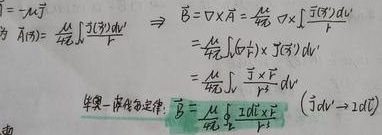
\[
\begin{align*}
&=-\mu_{0}\vec{J}\\
\vec{B}(\vec{r})&=\frac{\mu_{0}}{4\pi}\int\frac{[\vec{J}(\vec{r}')]dV'}{r}\\
&\Rightarrow \vec{B} = \nabla\times\vec{A} = \frac{\mu_{0}}{4\pi}\nabla\times\int\frac{[\vec{J}(\vec{r}')]dV'}{r}\\
&=\frac{\mu_{0}}{4\pi}\int[\nabla\times \frac{\vec{J}(\vec{r}')}{r}]dV'\\
&=\frac{\mu_{0}}{4\pi}\int \frac{\vec{J}\times\vec{r}}{r^{3}} dV'
\end{align*}
\]

毕奥 - 萨伐尔定律：\(\vec{B} = \frac{\mu_{0}}{4\pi}\oint \frac{Id\vec{l}\times\vec{r}}{r^{3}}\)  （\(\vec{J}dV' \to Id\vec{l}\)）